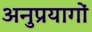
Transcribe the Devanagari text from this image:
अनुप्रयागों